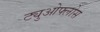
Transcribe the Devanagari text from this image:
ट्युओफ्लोस